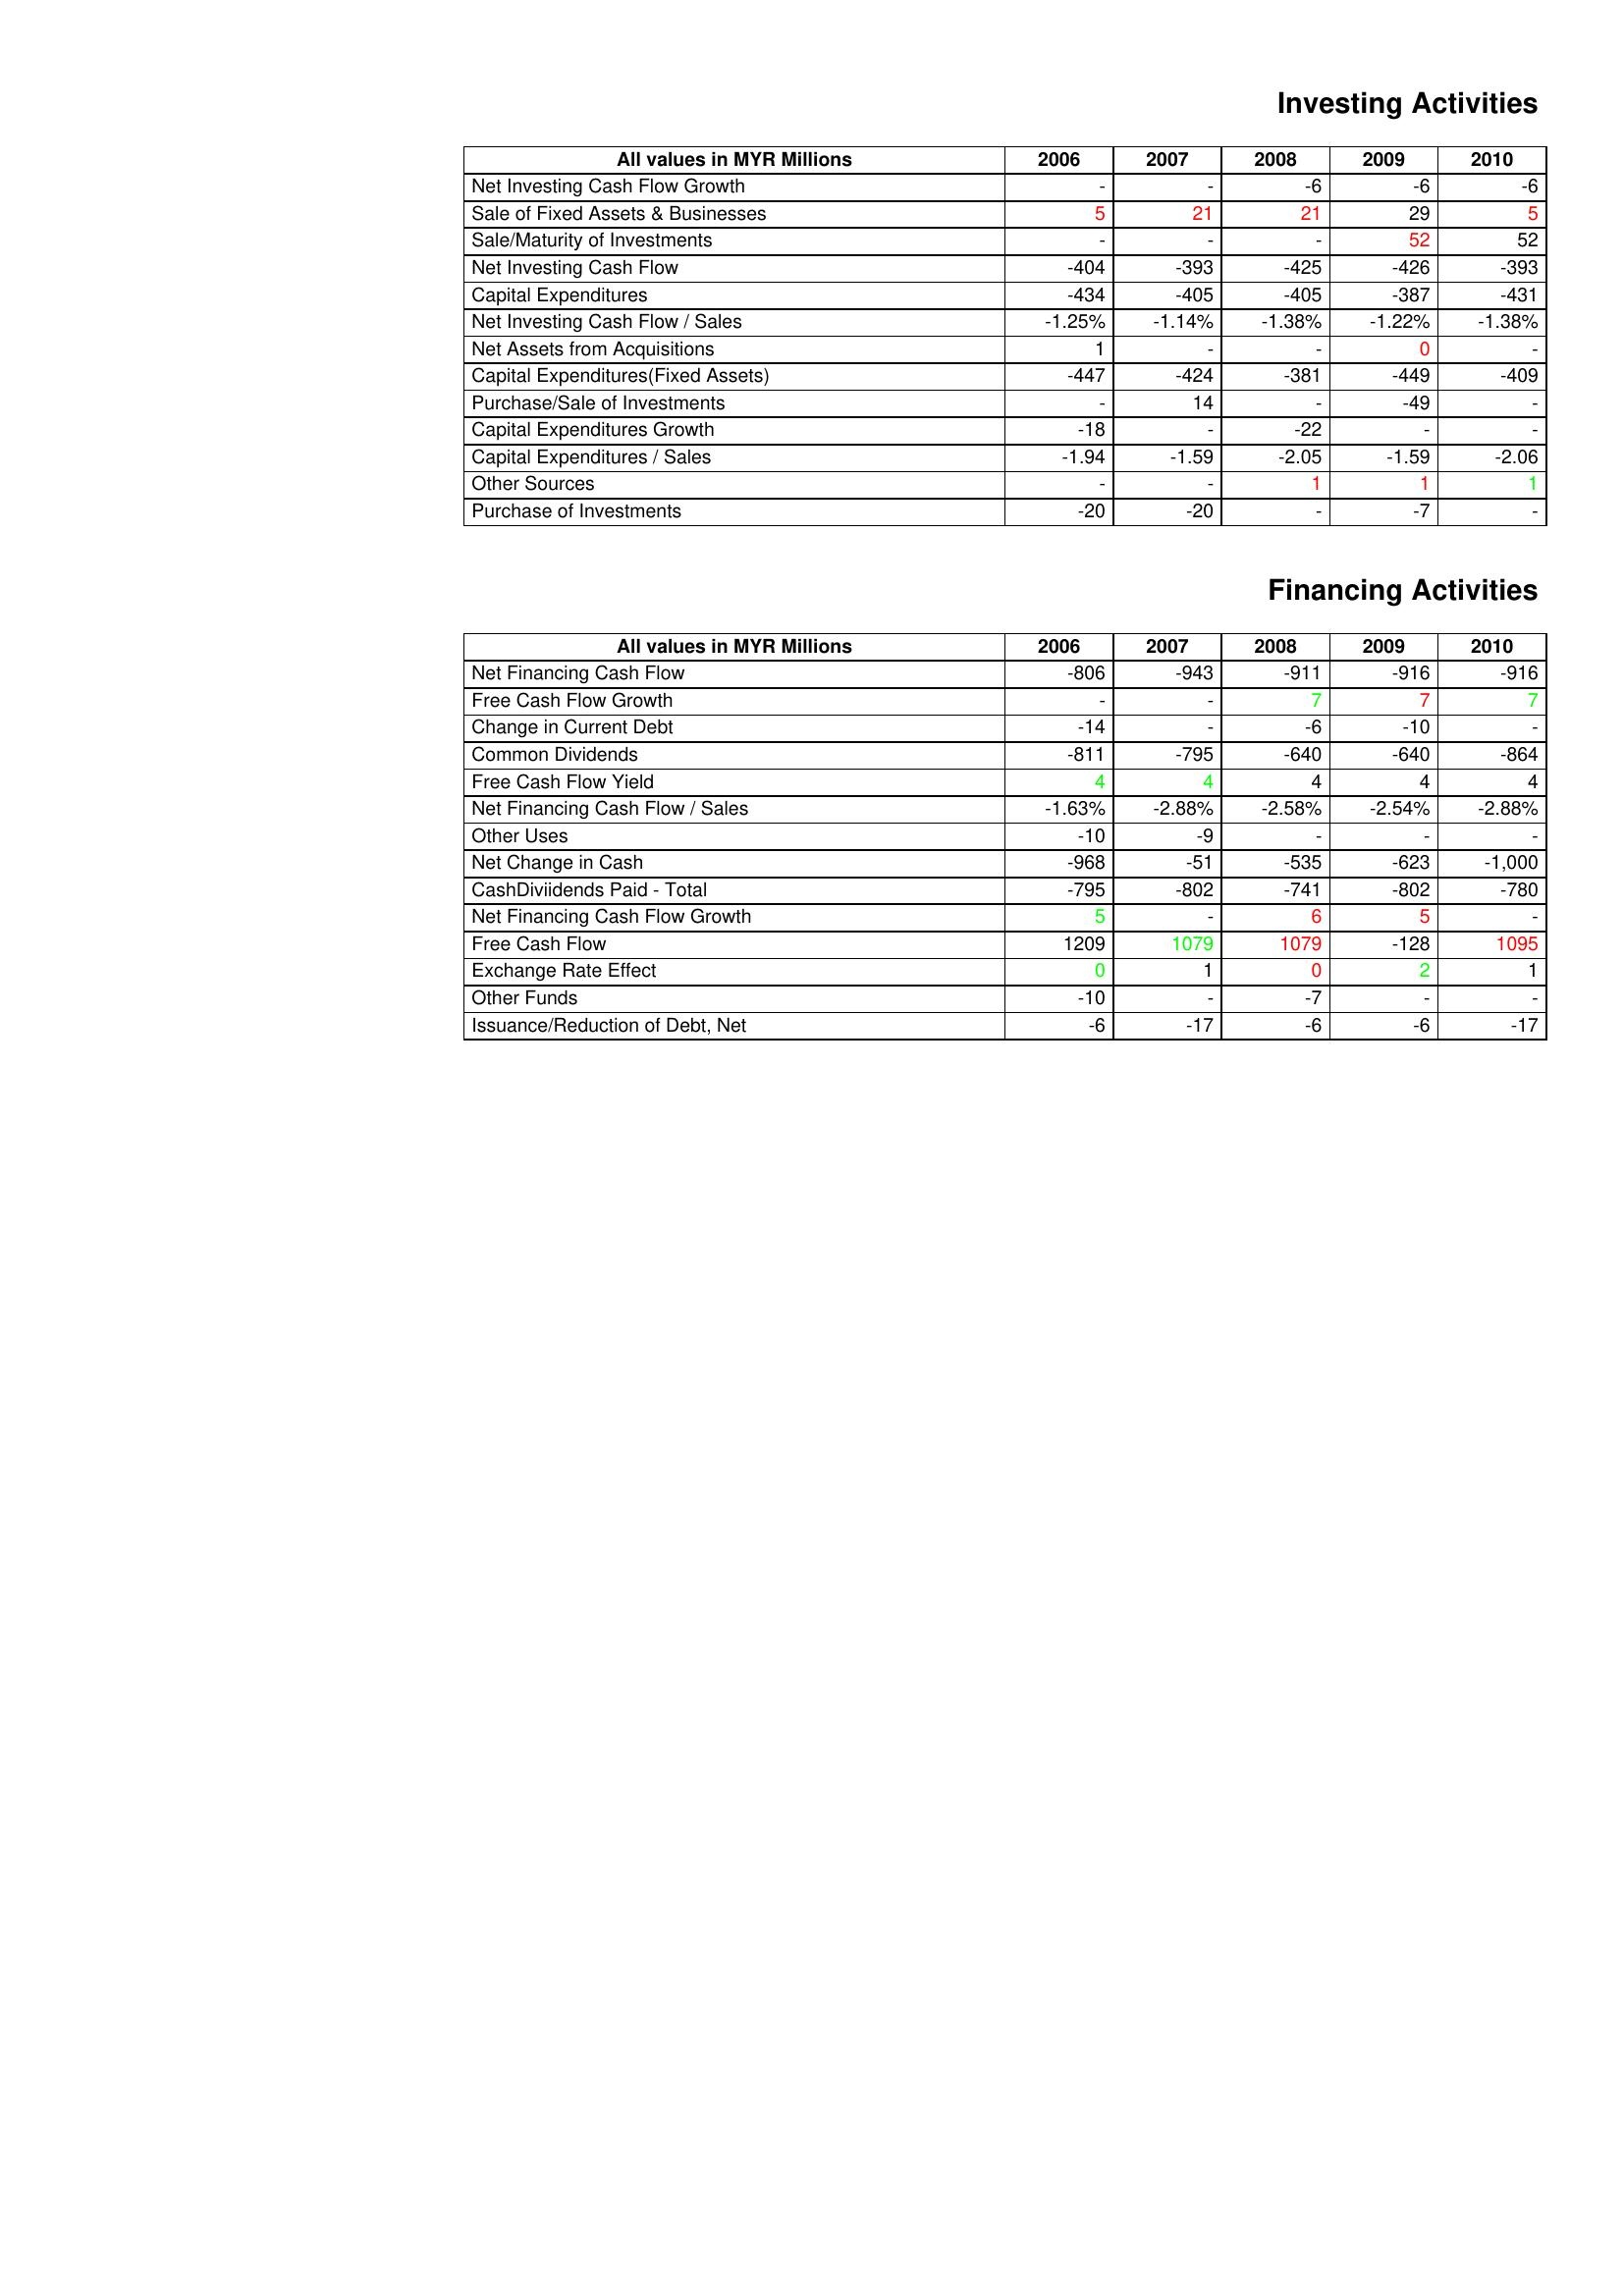
gt_parse: 2006: Investing Activities: Net Investing Cash Flow Growth: -
Sale of Fixed Assets & Businesses: 5
Sale/Maturity of Investments: -
Net Investing Cash Flow: -404
Capital Expenditures: -434
Net Investing Cash Flow / Sales: -1.25%
Net Assets from Acquisitions: 1
Capital Expenditures(Fixed Assets): -447
Purchase/Sale of Investments: -
Capital Expenditures Growth: -18
Capital Expenditures / Sales: -1.94
Other Sources: -
Purchase of Investments: -20
Financing Activities: Net Financing Cash Flow: -806
Free Cash Flow Growth: -
Change in Current Debt: -14
Common Dividends: -811
Free Cash Flow Yield: 4
Net Financing Cash Flow / Sales: -1.63%
Other Uses: -10
Net Change in Cash: -968
CashDiviidends Paid - Total: -795
Net Financing Cash Flow Growth: 5
Free Cash Flow: 1209
Exchange Rate Effect: 0
Other Funds: -10
Issuance/Reduction of Debt, Net: -6
2007: Investing Activities: Net Investing Cash Flow Growth: -
Sale of Fixed Assets & Businesses: 21
Sale/Maturity of Investments: -
Net Investing Cash Flow: -393
Capital Expenditures: -405
Net Investing Cash Flow / Sales: -1.14%
Net Assets from Acquisitions: -
Capital Expenditures(Fixed Assets): -424
Purchase/Sale of Investments: 14
Capital Expenditures Growth: -
Capital Expenditures / Sales: -1.59
Other Sources: -
Purchase of Investments: -20
Financing Activities: Net Financing Cash Flow: -943
Free Cash Flow Growth: -
Change in Current Debt: -
Common Dividends: -795
Free Cash Flow Yield: 4
Net Financing Cash Flow / Sales: -2.88%
Other Uses: -9
Net Change in Cash: -51
CashDiviidends Paid - Total: -802
Net Financing Cash Flow Growth: -
Free Cash Flow: 1079
Exchange Rate Effect: 1
Other Funds: -
Issuance/Reduction of Debt, Net: -17
2008: Investing Activities: Net Investing Cash Flow Growth: -6
Sale of Fixed Assets & Businesses: 21
Sale/Maturity of Investments: -
Net Investing Cash Flow: -425
Capital Expenditures: -405
Net Investing Cash Flow / Sales: -1.38%
Net Assets from Acquisitions: -
Capital Expenditures(Fixed Assets): -381
Purchase/Sale of Investments: -
Capital Expenditures Growth: -22
Capital Expenditures / Sales: -2.05
Other Sources: 1
Purchase of Investments: -
Financing Activities: Net Financing Cash Flow: -911
Free Cash Flow Growth: 7
Change in Current Debt: -6
Common Dividends: -640
Free Cash Flow Yield: 4
Net Financing Cash Flow / Sales: -2.58%
Other Uses: -
Net Change in Cash: -535
CashDiviidends Paid - Total: -741
Net Financing Cash Flow Growth: 6
Free Cash Flow: 1079
Exchange Rate Effect: 0
Other Funds: -7
Issuance/Reduction of Debt, Net: -6
2009: Investing Activities: Net Investing Cash Flow Growth: -6
Sale of Fixed Assets & Businesses: 29
Sale/Maturity of Investments: 52
Net Investing Cash Flow: -426
Capital Expenditures: -387
Net Investing Cash Flow / Sales: -1.22%
Net Assets from Acquisitions: 0
Capital Expenditures(Fixed Assets): -449
Purchase/Sale of Investments: -49
Capital Expenditures Growth: -
Capital Expenditures / Sales: -1.59
Other Sources: 1
Purchase of Investments: -7
Financing Activities: Net Financing Cash Flow: -916
Free Cash Flow Growth: 7
Change in Current Debt: -10
Common Dividends: -640
Free Cash Flow Yield: 4
Net Financing Cash Flow / Sales: -2.54%
Other Uses: -
Net Change in Cash: -623
CashDiviidends Paid - Total: -802
Net Financing Cash Flow Growth: 5
Free Cash Flow: -128
Exchange Rate Effect: 2
Other Funds: -
Issuance/Reduction of Debt, Net: -6
2010: Investing Activities: Net Investing Cash Flow Growth: -6
Sale of Fixed Assets & Businesses: 5
Sale/Maturity of Investments: 52
Net Investing Cash Flow: -393
Capital Expenditures: -431
Net Investing Cash Flow / Sales: -1.38%
Net Assets from Acquisitions: -
Capital Expenditures(Fixed Assets): -409
Purchase/Sale of Investments: -
Capital Expenditures Growth: -
Capital Expenditures / Sales: -2.06
Other Sources: 1
Purchase of Investments: -
Financing Activities: Net Financing Cash Flow: -916
Free Cash Flow Growth: 7
Change in Current Debt: -
Common Dividends: -864
Free Cash Flow Yield: 4
Net Financing Cash Flow / Sales: -2.88%
Other Uses: -
Net Change in Cash: -1,000
CashDiviidends Paid - Total: -780
Net Financing Cash Flow Growth: -
Free Cash Flow: 1095
Exchange Rate Effect: 1
Other Funds: -
Issuance/Reduction of Debt, Net: -17